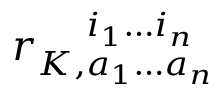
r _ { K , a _ { 1 } \ldots a _ { n } } ^ { \phantom { K , } i _ { 1 } \ldots i _ { n } }